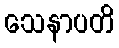
သေနာပတိ